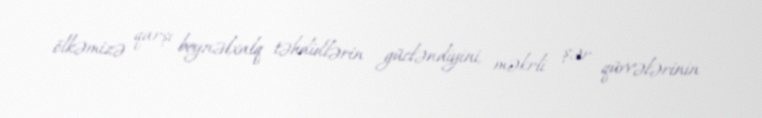
ölkəmizə qarşı beynəlxalq təhdidlərin gücləndiyini, məkrli şər qüvvələrinin